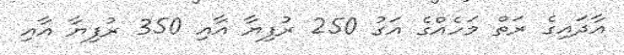
އާދައިގެ ރަތް މަހެއްގެ އަގު 250 ރުފިޔާ އާއި 350 ރުފިޔާ އާއި